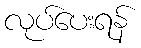
လုပ်ပေးရန်